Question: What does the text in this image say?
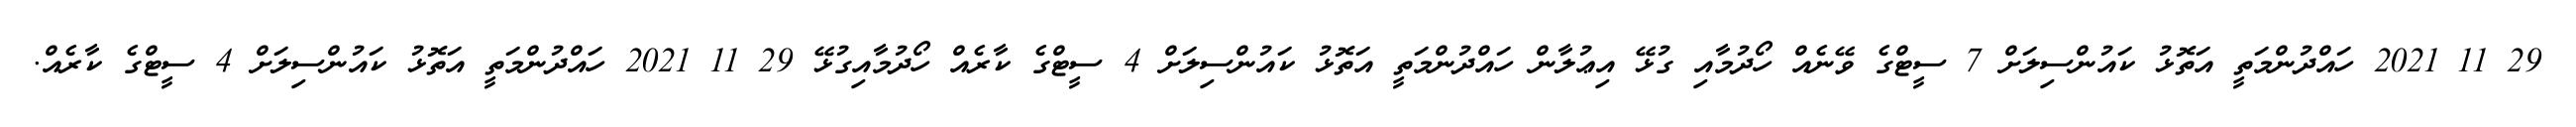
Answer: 29 11 2021 ހައްދުންމަތީ އަތޮޅު ކައުންސިލަށް 7 ސީޓްގެ ވޭނެއް ހޯދުމާއި ގުޅޭ އިޢުލާން ހައްދުންމަތީ އަތޮޅު ކައުންސިލަށް 4 ސީޓްގެ ކާރެއް ހޯދުމާއިގުޅޭ 29 11 2021 ހައްދުންމަތީ އަތޮޅު ކައުންސިލަށް 4 ސީޓްގެ ކާރެއް.